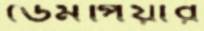
ডেমপিয়ার